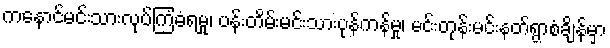
ကနောင်မင်းသားလုပ်ကြံခံရမှု၊ ပန်းတိမ်းမင်းသားပုန်ကန်မှု၊ မင်းတုန်းမင်းနတ်ရွာစံချိန်မှာ